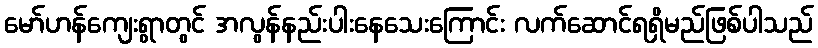
မော်ဟန်ကျေးရွာတွင် အလွန်နည်းပါးနေသေးကြောင်း လက်ဆောင်ရရှိမည်ဖြစ်ပါသည်